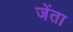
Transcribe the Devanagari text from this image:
जेंता